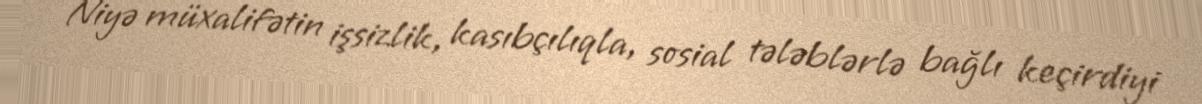
Niyə müxalifətin işsizlik, kasıbçılıqla, sosial tələblərlə bağlı keçirdiyi